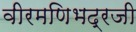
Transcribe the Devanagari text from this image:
वीरमणिभद्रजी